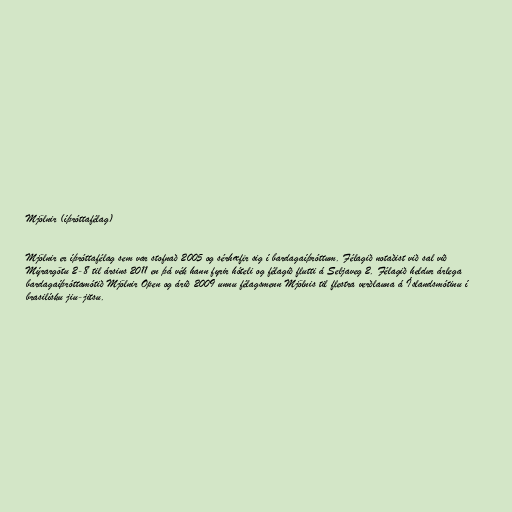
Mjölnir (íþróttafélag)

Mjölnir er íþróttafélag sem var stofnað 2005 og sérhæfir sig í bardagaíþróttum. Félagið notaðist við sal við
Mýrargötu 2-8 til ársins 2011 en þá vék hann fyrir hóteli og félagið flutti á Seljaveg 2. Félagið heldur árlega
bardagaíþróttamótið Mjölnir Open og árið 2009 unnu félagsmenn Mjölnis til flestra verðlauna á Íslandsmótinu í
brasilísku jiu-jitsu.